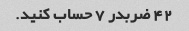
42 ضربدر 7 حساب کنید.